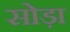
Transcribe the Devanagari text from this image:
सोड़ा